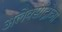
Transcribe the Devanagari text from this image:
अलेक्सांद्रोव्ना